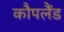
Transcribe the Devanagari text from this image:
कौपलैंड